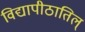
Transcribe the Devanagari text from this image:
विद्यापीठातिल्